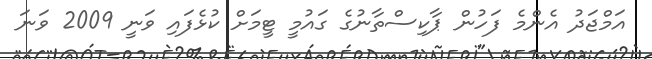
އަމްޖަދު އެންމެ ފަހުން ޕާކިސްތާނުގެ ގައުމީ ޓީމަށް ކުޅެފައި ވަނީ 2009 ވަނަ